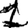
Digit: 1